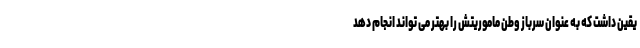
یقین داشت که به عنوان سرباز وطن ماموریتش را بهتر می تواند انجام دهد